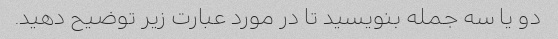
دو یا سه جمله بنویسید تا در مورد عبارت زیر توضیح دهید.